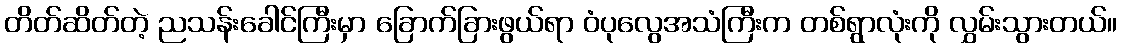
တိတ်ဆိတ်တဲ့ ညသန်းခေါင်ကြီးမှာ ခြောက်ခြားဖွယ်ရာ ဝံပုလွေအသံကြီးက တစ်ရွာလုံးကို လွှမ်းသွားတယ်။